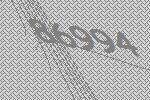
86994